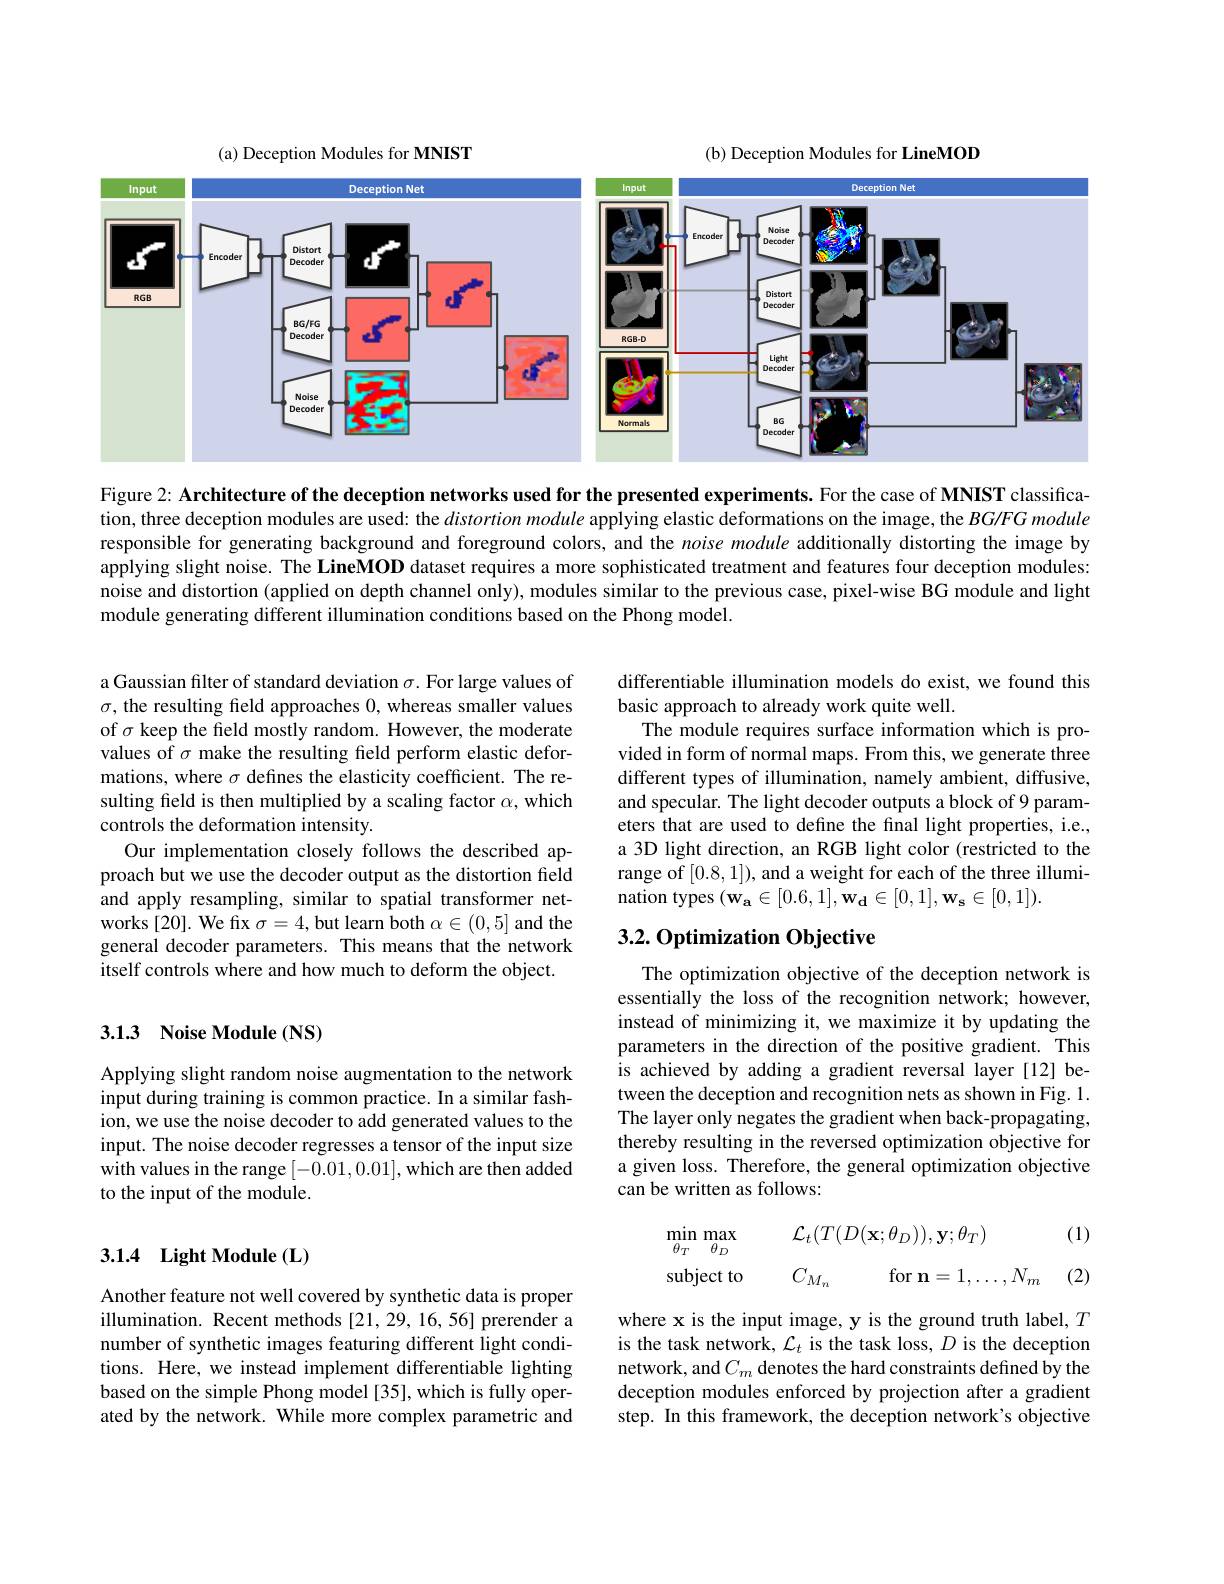
(a) Deception Modules for MNIST

(b) Deception Modules for LineMOD

<FigureHere>

Figure 2: Architecture of the deception networks used for the presented experiments. For the case of MNIST classification, three deception modules are used: the $distortion\textit{ module applying elastic deformations on the image, the BG/ FG module there deception modules are used: the distortion module appplying elastic deformations on the image, the BG/ FG module tis an tis}$ responsible for generating background and foreground colors, and the noise module additionally distorting the image by applying slight noise. The LineMOD dataset requires a more sophisticated treatment and features four deception modules: noise and distortion (applied on depth channel only), modules similar to the previous case, pixel-wise BG module and light module generating different illumination conditions based on the Phong model.

differentiable illumination models do exist, we found this
basic approach to already work quite well.
The module requires surface information which is provided in form of normal maps. From this, we generate three different types of illumination, namely ambient, diffusive, and specular. The light decoder outputs a block of 9 parameters that are used to define the final light properties, i.e., a 3D light direction, an RGB light color (restricted to the range of [0.8,1]), and a weight for each of the three illumination types $(\mathbf{w_{a}\in[0.6,1],w_{d}\in[0,1],w_{s}\in[0,1]).}$

a Gaussian filter of standard deviation $\sigma.$ For large values of $\sigma$, the resulting field approaches 0, whereas smaller values of $\sigma$ keep the field mostly random. However, the moderate values of $\sigma$ make the resulting field perform elastic deformations, where $\sigma$ defines the elasticity coefficient. The resulting feld is then multiplied by a scaling factor $\alpha$, which controls the deformation intensity.
Our implementation closely follows the described approach but we use the decoder output as the distortion field and apply resampling, similar to spatial transformer networks [20]. We fix $\sigma=4$, but learn both $\alpha\in(0,5]$ and the general decoder parameters. This means that the network itself controls where and how much to deform the object.

## 3.2. Optimization Objective

### 3.1.3 Noise Module(NS)

The optimization objective of the deception network is essentially the loss of the recognition network; however, instead of minimizing it, we maximize it by updating the parameters in the direction of the positive gradient. This is achieved by adding a gradient reversal layer [12] between the deception and recognition nets as shown in Fig. 1. The layer only negates the gradient when back-propagating, thereby resulting in the reversed optimization objective for a given loss. Therefore, the general optimization objective can be written as follows:

Applying slight random noise augmentation to the network input during training is common practice. In a similar fashion, we use the noise decoder to add generated values to the input. The noise decoder regresses a tensor of the input size with values in the range [-0.01,0.01],which are then added to the input of the module.

(1)
$$\begin{aligned}&\operatorname*{min}_{\theta_{T}}\operatorname*{max}_{\theta_{D}}&&\mathcal{L}_{t}(T(D(\mathbf{x};\theta_{D})),\mathbf{y};\theta_{T})\\&\mathrm{subject~to}&&C_{M_{n}}\quad\mathrm{for~n}=1,\ldots,N_{m}\end{aligned}$$
## 3.1.4 Light Module(L)

(2)

Another feature not well covered by synthetic data is proper illumination. Recent methods [21,29,16,56] prerender a number of synthetic images featuring different light conditions. Here, we instead implement differentiable lighting based on the simple Phong model [35], which is fully operated by the network. While more complex parametric and

where x is the input image, y is the ground truth label, $T$ is the task network, $\mathcal{L}_t$ is the task loss, $D$ is the deception network, and $C_m$ denotes the hard constraints defined by the deception modules enforced by projection after a gradient step. In this framework, the deception network's objective